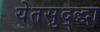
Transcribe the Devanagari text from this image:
येतसुद्द्धा